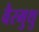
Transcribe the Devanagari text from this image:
वैरमुथु